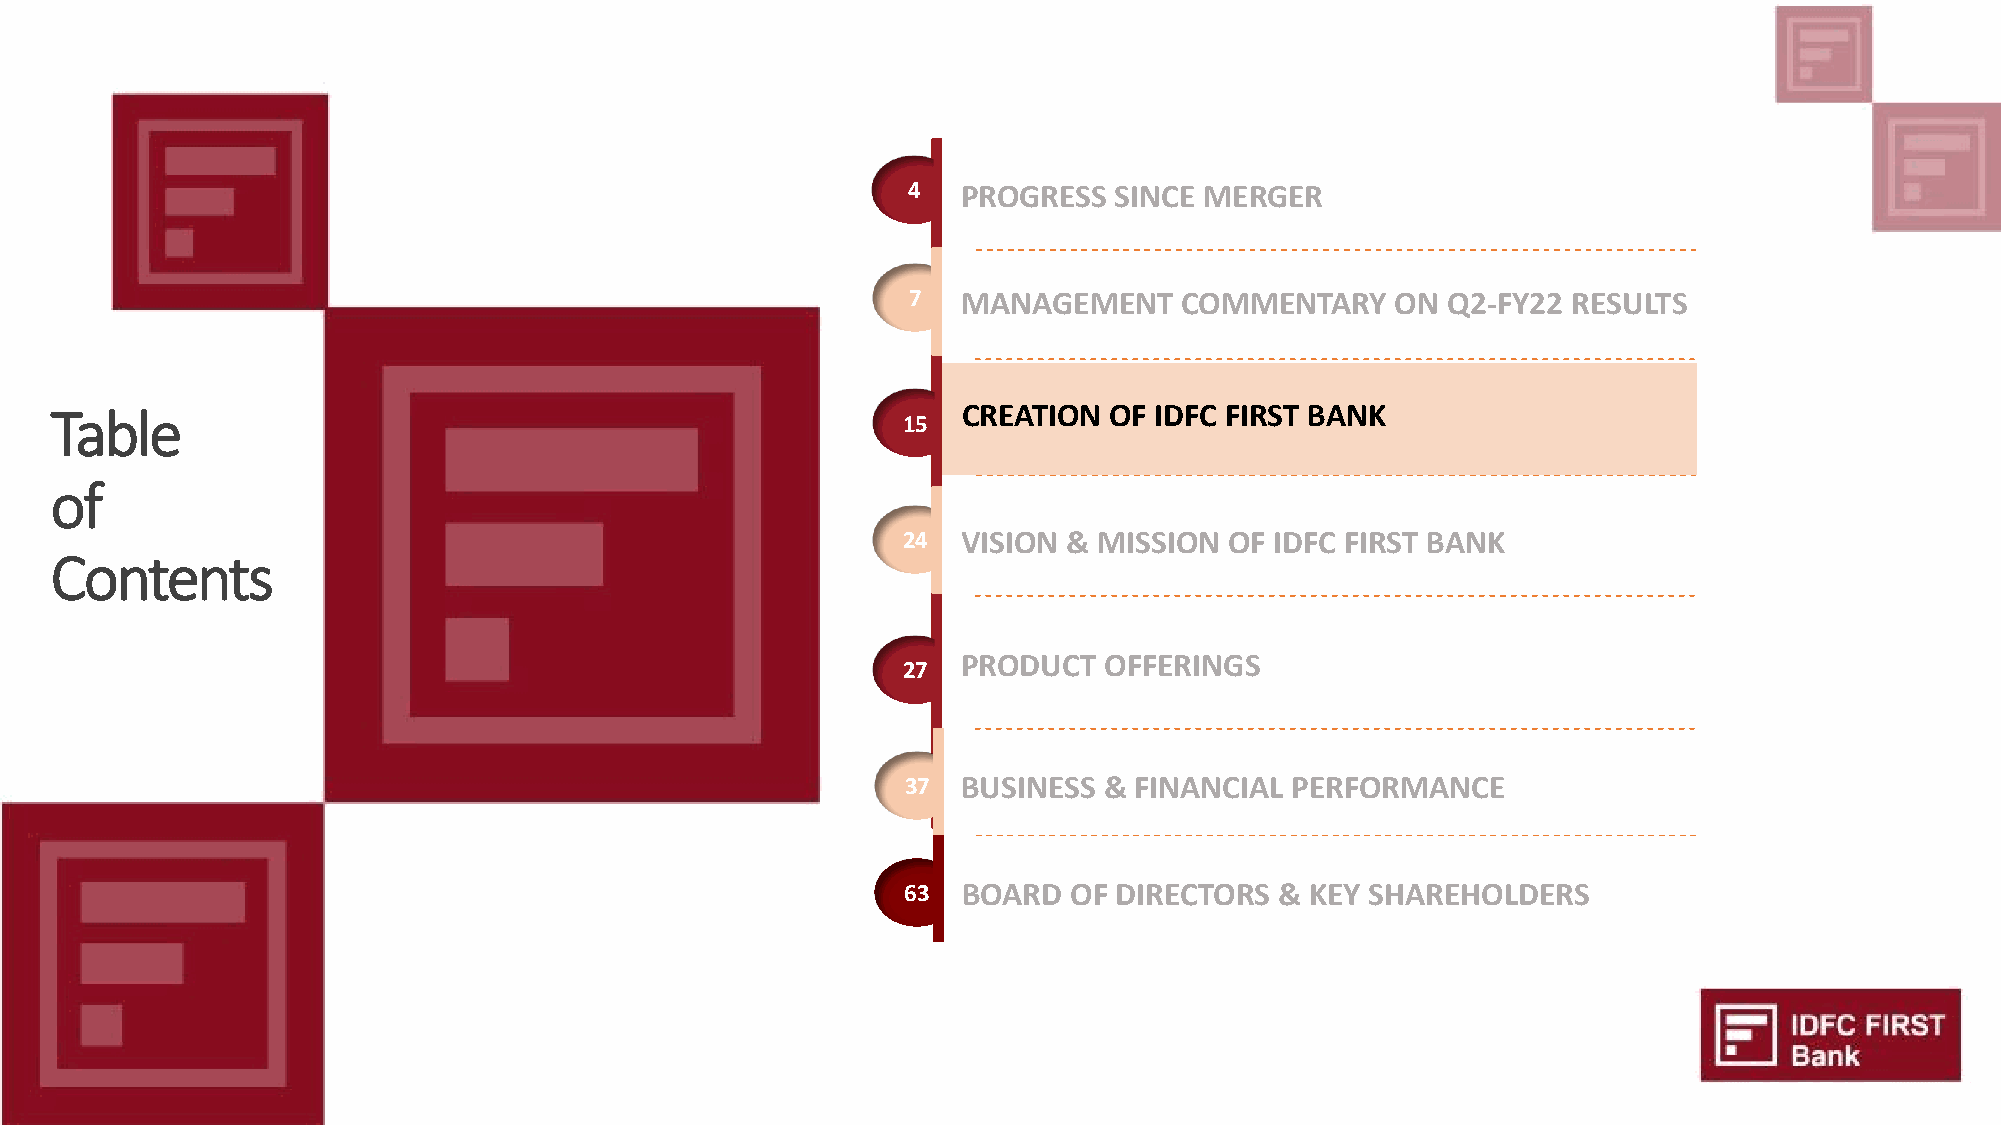
4   PROGRESS  SINCE MERGER
 7   MANAGEMENT    COMMENTARY    ON  Q2-FY22 RESULTS
 Table                                                        CREATION OF IDFC FIRST BANK
 15
 of
 24  VISION & MISSION OF IDFC FIRST BANK
 Contents
 PRODUCT  OFFERINGS
 27
 37  BUSINESS & FINANCIAL PERFORMANCE
 63  BOARD  OF DIRECTORS  & KEY SHAREHOLDERS